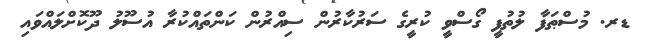
ޑރ. މުސްޠަފާ ލުތުފީ ގޯސްވީ ކުރީގެ ސަރުކާރުން ސިއްރުން ކަންތައްކުރާ އުސޫލު ދޫކޮށްލައްވައި